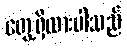
တွေ့ရှိထားပါသည်